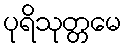
ပုရိသုတ္တမေ